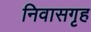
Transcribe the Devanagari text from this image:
निवासगृह